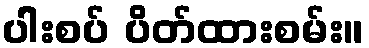
ပါးစပ် ပိတ်ထားစမ်း။